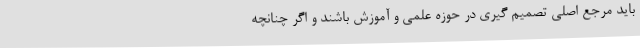
باید مرجع اصلی تصمیم گیری در حوزه علمی و آموزش باشند و اگر چنانچه